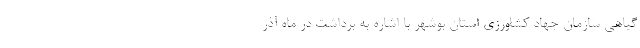
گیاهی سازمان جهاد کشاورزی استان بوشهر با اشاره به برداشت در ماه آذر